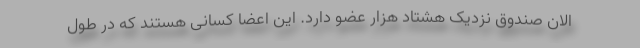
الان صندوق نزدیک هشتاد هزار عضو دارد. این اعضا کسانی هستند که در طول